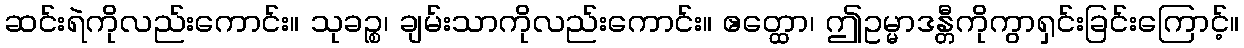
ဆင်းရဲကိုလည်းကောင်း။ သုခဉ္စ၊ ချမ်းသာကိုလည်းကောင်း။ ဧတ္ထော၊ ဤဥမ္မာဒန္တီကိုကွာရှင်းခြင်းကြောင့်။